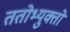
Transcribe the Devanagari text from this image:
ततोभ्युक्तो